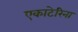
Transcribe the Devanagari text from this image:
एकाटेरिना